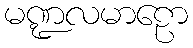
မဏ္ဍလမာဠော